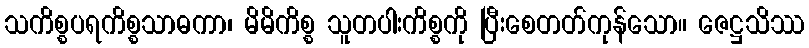
သကိစ္စပရကိစ္စသာဓကာ၊ မိမိကိစ္စ သူတပါးကိစ္စကို ပြီးစေတတ်ကုန်သော။ ဇေဋ္ဌသိဿ